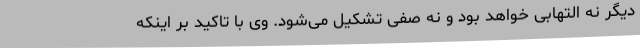
دیگر نه التهابی خواهد بود و نه صفی تشکیل می‌شود. وی با تاکید بر اینکه